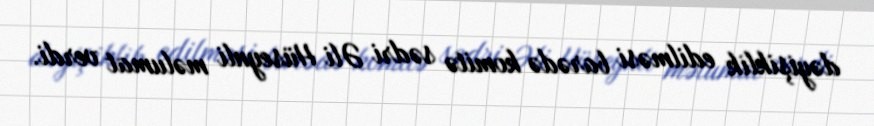
dəyişiklik edilməsi barədə komitə sədri Əli Hüseynli məlumat verdi.